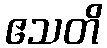
ဧသတိ